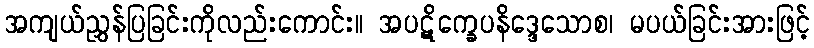
အကျယ်ညွှန်ပြခြင်းကိုလည်းကောင်း။ အပဋိက္ခေပနိဒ္ဒေသောစ၊ မပယ်ခြင်းအားဖြင့်